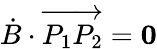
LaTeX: {\dot{B}}\cdot\overrightarrow{P_{1}P_{2}}={\mathbf 0}